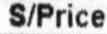
S/PRICE